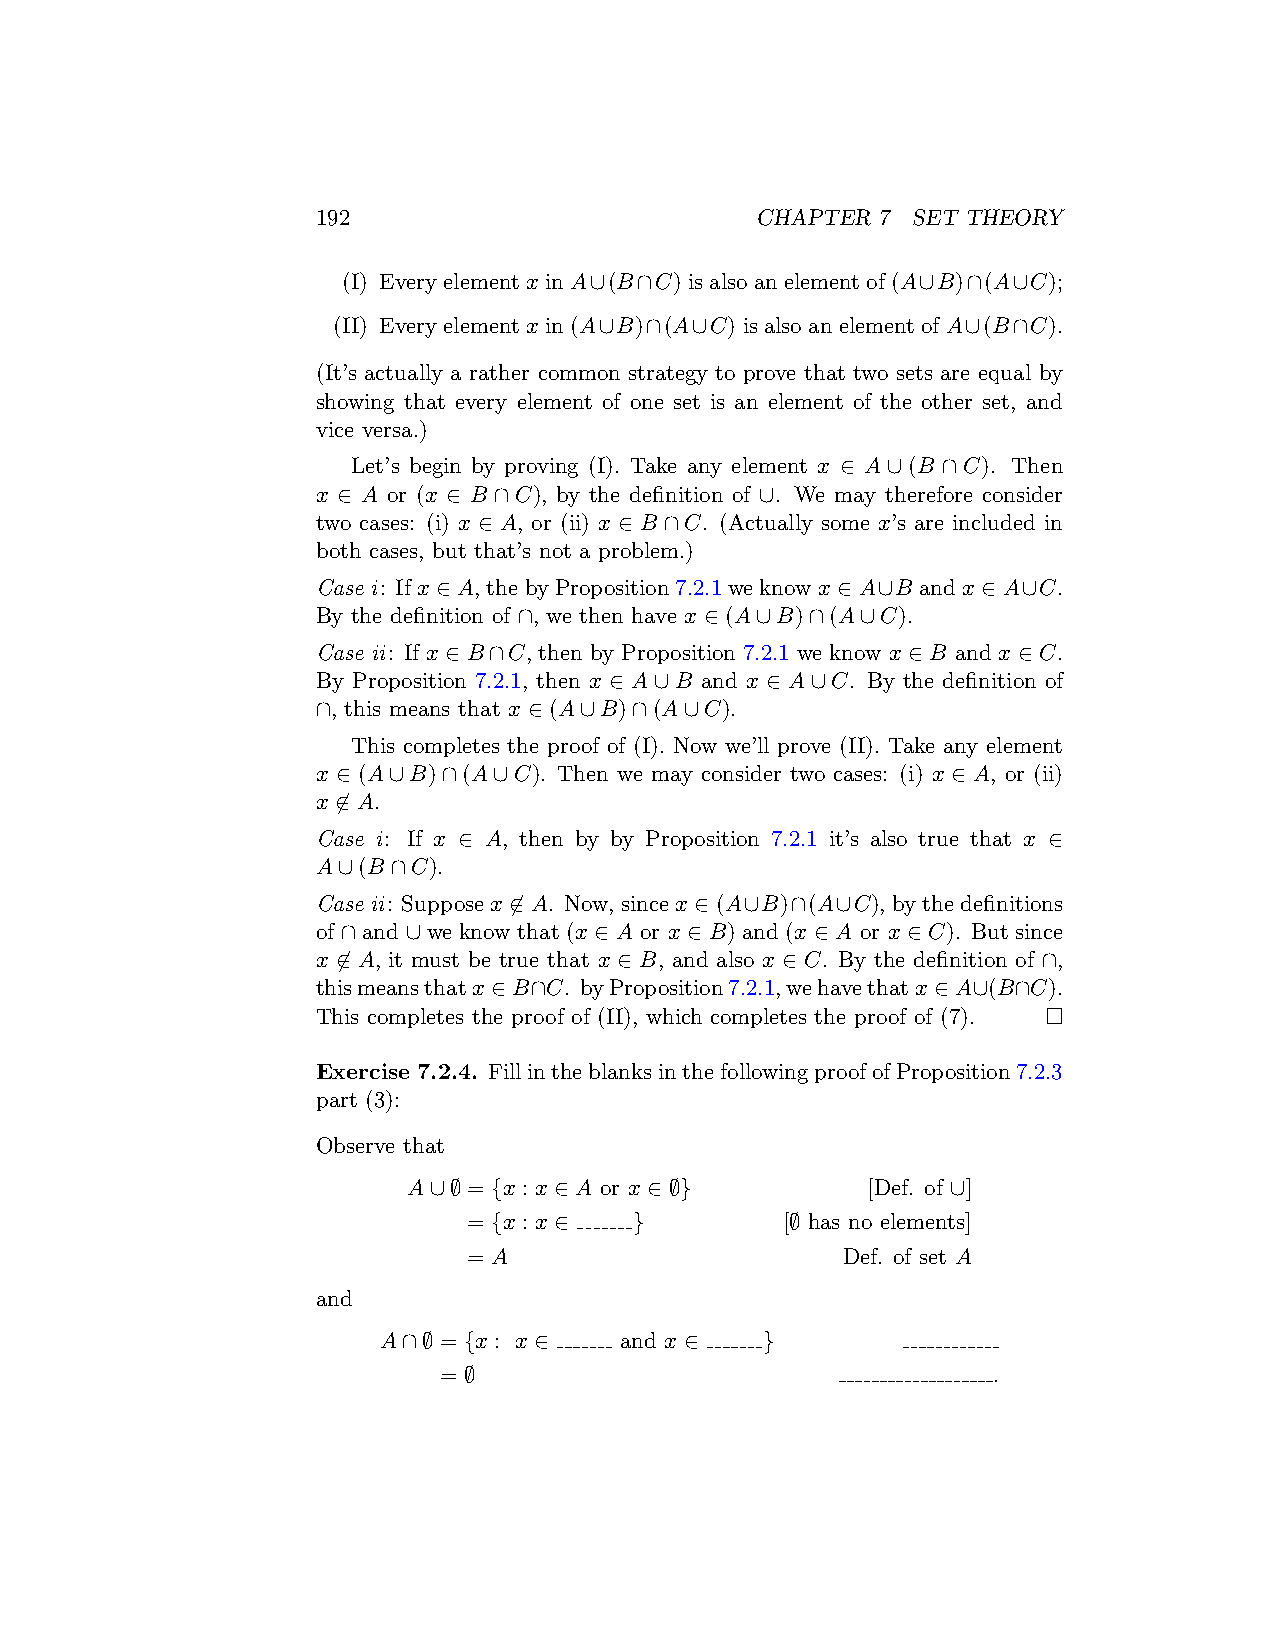
192                          CHAPTER 7 SET THEORY
 (I) Every element x in A∪(B∩C) is also an element of (A∪B)∩(A∪C);
 (II) Every element x in (A∪B)∩(A∪C) is also an element of A∪(B∩C).
 (It’s actually a rather common strategy to prove that two sets are equal by
 showing that every element of one set is an element of the other set, and
 vice versa.)
 Let’s begin by proving (I). Take any element x ∈ A∪(B ∩C). Then
 x ∈ A or (x ∈ B ∩C), by the definition of ∪. We may therefore consider
 two cases: (i) x ∈ A, or (ii) x ∈ B ∩C. (Actually some x’s are included in
 both cases, but that’s not a problem.)
 Case i: Ifx ∈ A, thebyProposition7.2.1weknowx ∈ A∪B andx ∈ A∪C.
 By the definition of ∩, we then have x ∈ (A∪B)∩(A∪C).
 Case ii: If x ∈ B∩C, then by Proposition 7.2.1 we know x ∈ B and x ∈ C.
 By Proposition 7.2.1, then x ∈ A∪B and x ∈ A∪C. By the definition of
 ∩, this means that x ∈ (A∪B)∩(A∪C).
 This completes the proof of (I). Now we’ll prove (II). Take any element
 x ∈ (A∪B)∩(A∪C). Then we may consider two cases: (i) x ∈ A, or (ii)
 x ̸∈ A.
 Case i: If x ∈ A, then by by Proposition 7.2.1 it’s also true that x ∈
 A∪(B∩C).
 Case ii: Supposex ̸∈ A. Now, sincex ∈ (A∪B)∩(A∪C), bythedefinitions
 of ∩ and ∪ we know that (x ∈ A or x ∈ B) and (x ∈ A or x ∈ C). But since
 x ̸∈ A, it must be true that x ∈ B, and also x ∈ C. By the definition of ∩,
 thismeansthatx ∈ B∩C. byProposition7.2.1,wehavethatx ∈ A∪(B∩C).
 This completes the proof of (II), which completes the proof of (7). □
 Exercise 7.2.4. FillintheblanksinthefollowingproofofProposition7.2.3
 part (3):
 Observe that
 A∪∅ = {x : x ∈ A or x ∈ ∅}    [Def. of ∪]
 = {x : x ∈ }         [∅ has no elements]
 = A                      Def. of set A
 and
 A∩∅ = {x : x ∈  and x ∈  }
 = ∅                                  .